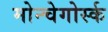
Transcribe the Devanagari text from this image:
मोन्चेगोर्स्क